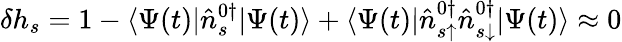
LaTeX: \delta h_{s}=1-\langle\Psi(t)|\hat{n}_{s}^{0\dagger}|\Psi(t)\rangle+\langle\Psi(t)|\hat{n}_{s\uparrow}^{0\dagger}\hat{n}_{s\downarrow}^{0\dagger}|\Psi(t)\rangle\approx 0